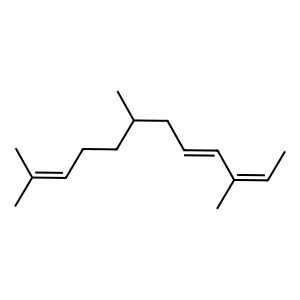
SMILES: CC=C(C)C=CCC(C)CCC=C(C)C
Inhibits HIV replication: No